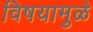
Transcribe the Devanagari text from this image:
विषयामुळे